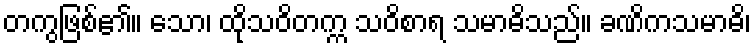
တကွဖြစ်၏။ သော၊ ထိုသဝိတက္က သဝိစာရ သမာဓိသည်။ ခဏိကသမာဓိ၊